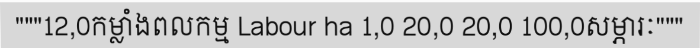
"""12,0កម្លាំងពលកម្ម Labour ha 1,0 20,0 20,0 100,0សម្ភារៈ"""